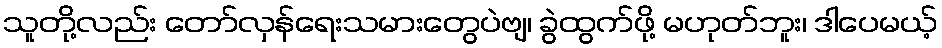
သူတို့လည်း တော်လှန်ရေးသမားတွေပဲဗျ၊ ခွဲထွက်ဖို့ မဟုတ်ဘူး၊ ဒါပေမယ့်